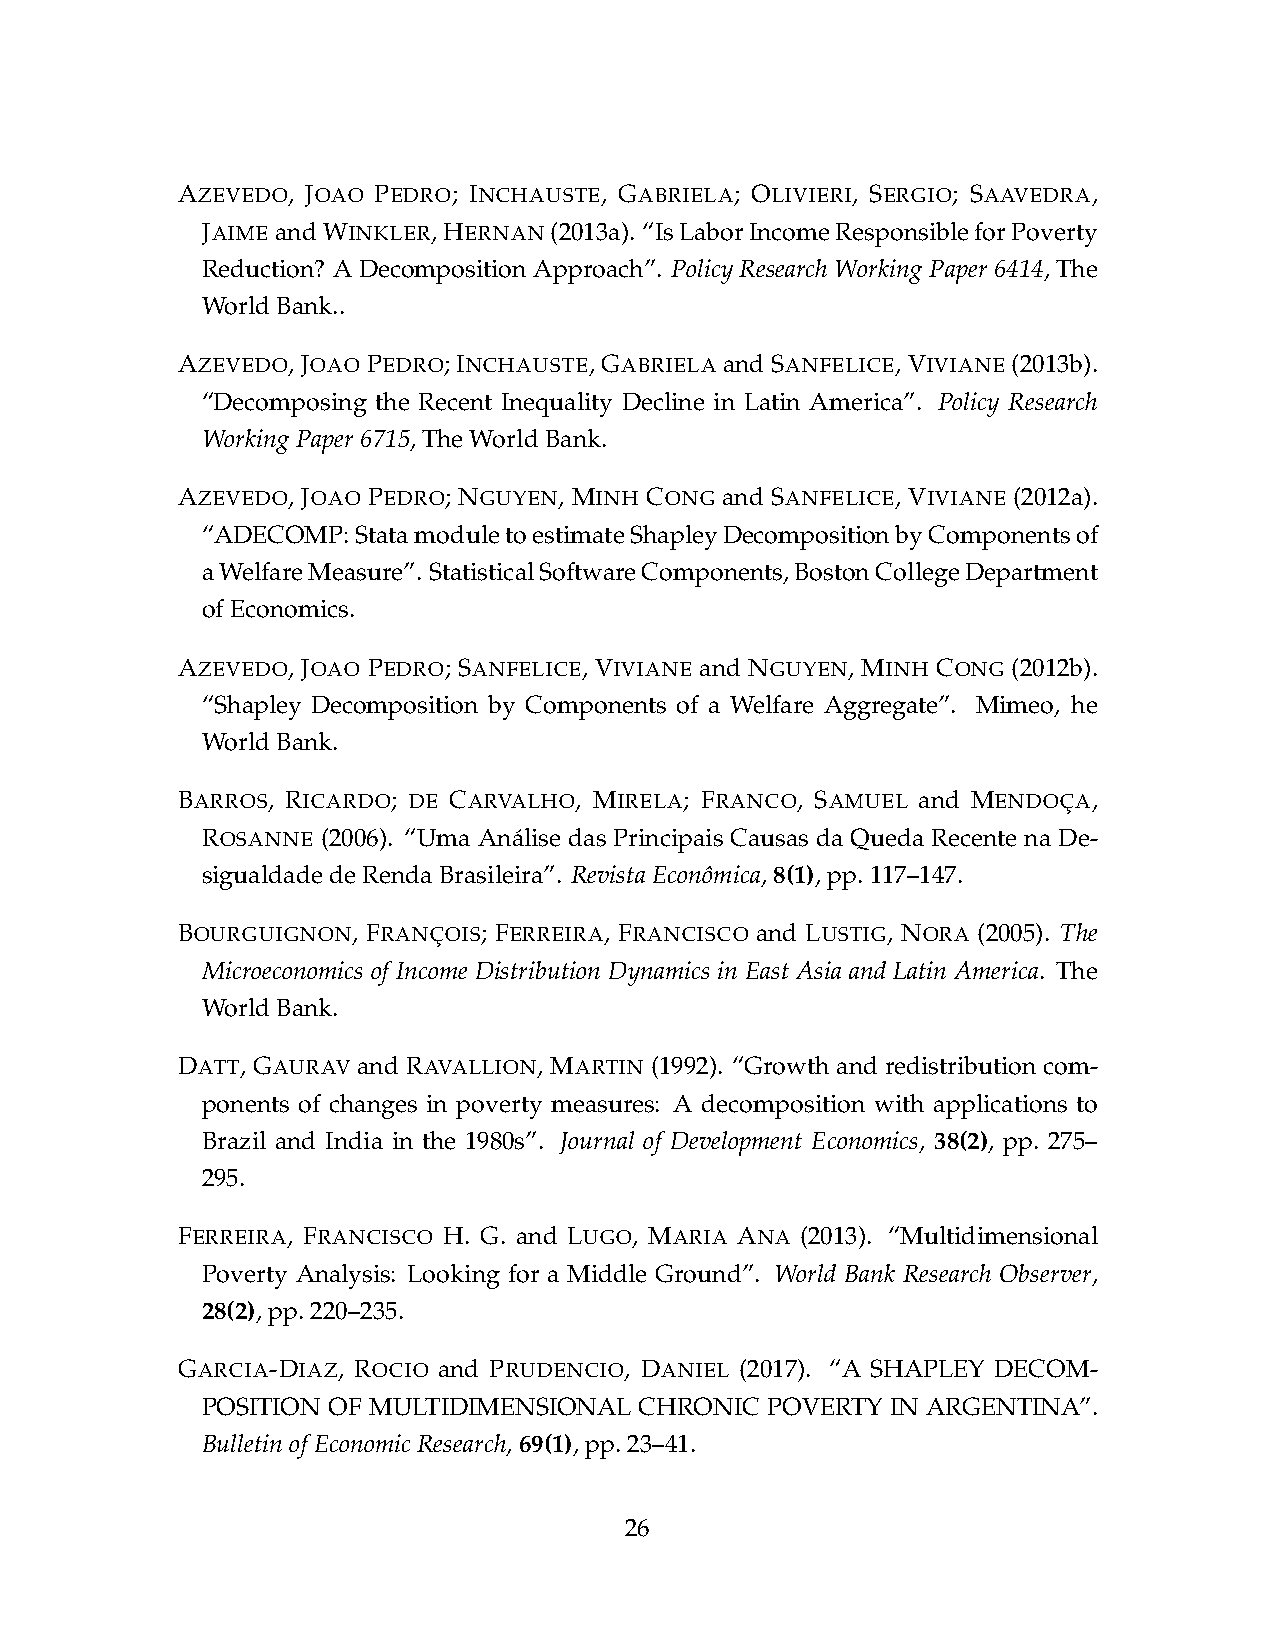
AZEVEDO, JOAO PEDRO; INCHAUSTE, GABRIELA; OLIVIERI, SERGIO; SAAVEDRA,
 JAIMEandWINKLER,HERNAN(2013a). “IsLaborIncomeResponsibleforPoverty
 Reduction? A Decomposition Approach”. Policy Research Working Paper 6414, The
 WorldBank..
 AZEVEDO, JOAO PEDRO; INCHAUSTE, GABRIELA and SANFELICE, VIVIANE (2013b).
 “Decomposing the Recent Inequality Decline in Latin America”. Policy Research
 WorkingPaper6715,TheWorldBank.
 AZEVEDO, JOAO PEDRO; NGUYEN, MINH CONG and SANFELICE, VIVIANE (2012a).
 “ADECOMP:StatamoduletoestimateShapleyDecompositionbyComponentsof
 aWelfareMeasure”. StatisticalSoftwareComponents,BostonCollegeDepartment
 ofEconomics.
 AZEVEDO, JOAO PEDRO; SANFELICE, VIVIANE and NGUYEN, MINH CONG (2012b).
 “Shapley Decomposition by Components of a Welfare Aggregate”. Mimeo, he
 WorldBank.
 BARROS, RICARDO; DE CARVALHO, MIRELA; FRANCO, SAMUEL and MENDOC¸A,
 ROSANNE (2006). “Uma Ana´lise das Principais Causas da Queda Recente na De-
 sigualdadedeRendaBrasileira”. RevistaEconoˆmica,8(1),pp.117–147.
 BOURGUIGNON, FRANC¸OIS; FERREIRA, FRANCISCO and LUSTIG, NORA (2005). The
 Microeconomics of Income Distribution Dynamics in East Asia and Latin America. The
 WorldBank.
 DATT, GAURAV and RAVALLION, MARTIN (1992). “Growth and redistribution com-
 ponents of changes in poverty measures: A decomposition with applications to
 Brazil and India in the 1980s”. Journal of Development Economics, 38(2), pp. 275–
 295.
 FERREIRA, FRANCISCO H. G. and LUGO, MARIA ANA (2013). “Multidimensional
 Poverty Analysis: Looking for a Middle Ground”. World Bank Research Observer,
 28(2),pp.220–235.
 GARCIA-DIAZ, ROCIO and PRUDENCIO, DANIEL (2017). “A SHAPLEY DECOM-
 POSITION OF MULTIDIMENSIONAL CHRONIC  POVERTY IN ARGENTINA”.
 BulletinofEconomicResearch,69(1),pp.23–41.
 26